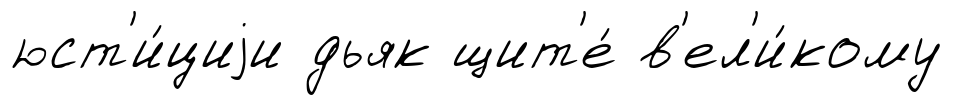
юст'и́циjи дьяк щит'е́ в'ел'и́кому